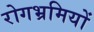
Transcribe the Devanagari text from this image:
रोगभ्रमियों